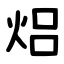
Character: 焒